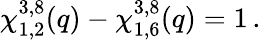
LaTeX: \chi_{1,2}^{3,8}(q)-\chi_{1,6}^{3,8}(q)=1\, .